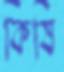
কিষি